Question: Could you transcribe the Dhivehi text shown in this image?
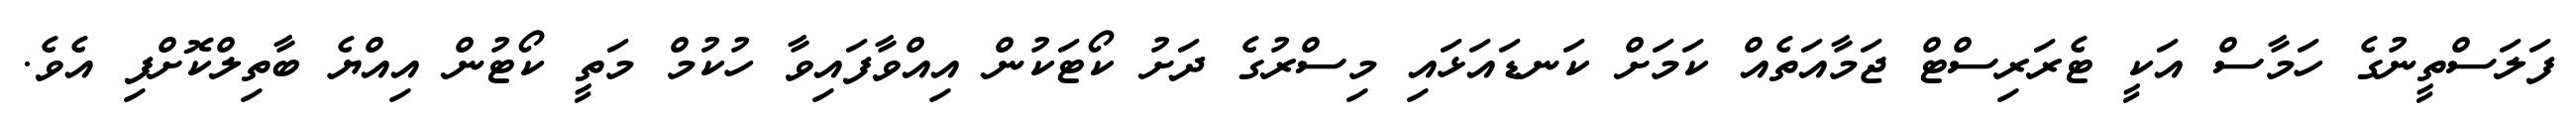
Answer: ފަލަސްތީނުގެ ހަމާސް އަކީ ޓެރަރިސްޓް ޖަމާއަތެއް ކަމަށް ކަނޑައަޅައި މިސްރުގެ ދަށު ކޯޓަކުން އިއްވާފައިވާ ހުކުމް މަތީ ކޯޓުން އިއްޔެ ބާތިލްކޮށްފި އެވެ.